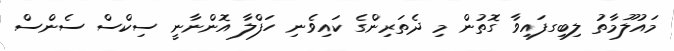
މައުލޫމާތު ލިބިގފައިވާ ގޮތުން މި ދެތަރިންގެ ކައިވެނި ހަފްލާ އޮންނާނީ ސިކްސް ސެންސް